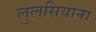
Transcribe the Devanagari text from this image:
लुलसियाना